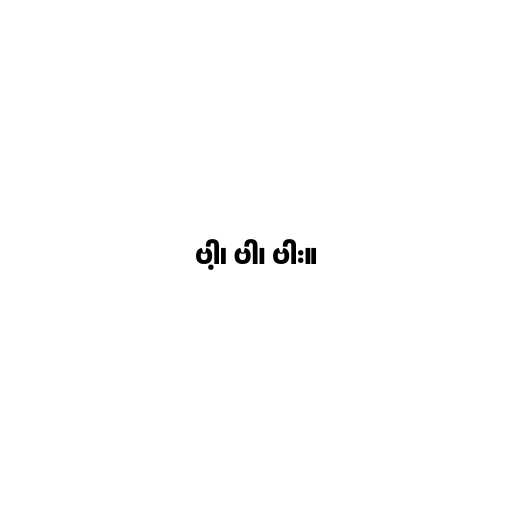
ဗါ့၊ ဗါ၊ ဗါး။